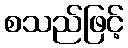
စသည်ဖြင့်